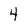
Character: 4